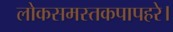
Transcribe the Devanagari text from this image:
लोकसमस्तकपापहरे।